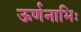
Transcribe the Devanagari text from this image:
ऊर्णनाभिः